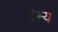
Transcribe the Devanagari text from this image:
रैभ्य